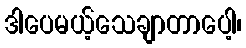
ဒါပေမယ့်သေချာတာပေါ့၊